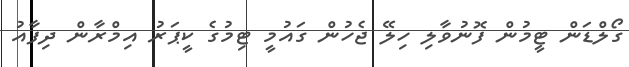
ގޯލްޑަން ޓީމުން ފޮނުވާލި ހިލޭ ޖެހުން ގައުމީ ޓިމުގެ ކީޕަރު އިމްރާން ދިފާއު